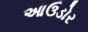
આઉડોર